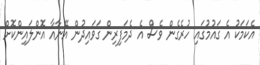
އެކަމަކު އެ ގައުމުގައި ހުރެގެން ވެސް އެ ދެމަފިރިން ގަވައިދުން އޭނާއާ އޮންލައިންކޮށް